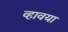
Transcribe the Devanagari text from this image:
व्हावया